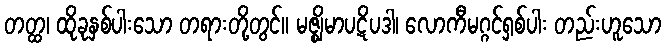
တတ္ထ၊ ထိုခုနှစ်ပါးသော တရားတို့တွင်။ မဇ္ဈိမာပဋိပဒါ၊ လောကီမဂ္ဂင်ရှစ်ပါး တည်းဟူသော